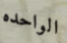
الواحده